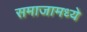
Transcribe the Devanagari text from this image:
समाजामध्‍ये